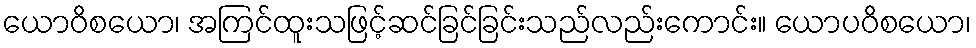
ယောဝိစယော၊ အကြင်ထူးသဖြင့်ဆင်ခြင်ခြင်းသည်လည်းကောင်း။ ယောပဝိစယော၊